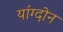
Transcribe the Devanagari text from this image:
यांग्दोन